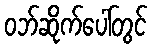
ဝဘ်ဆိုက်ပေါ်တွင်